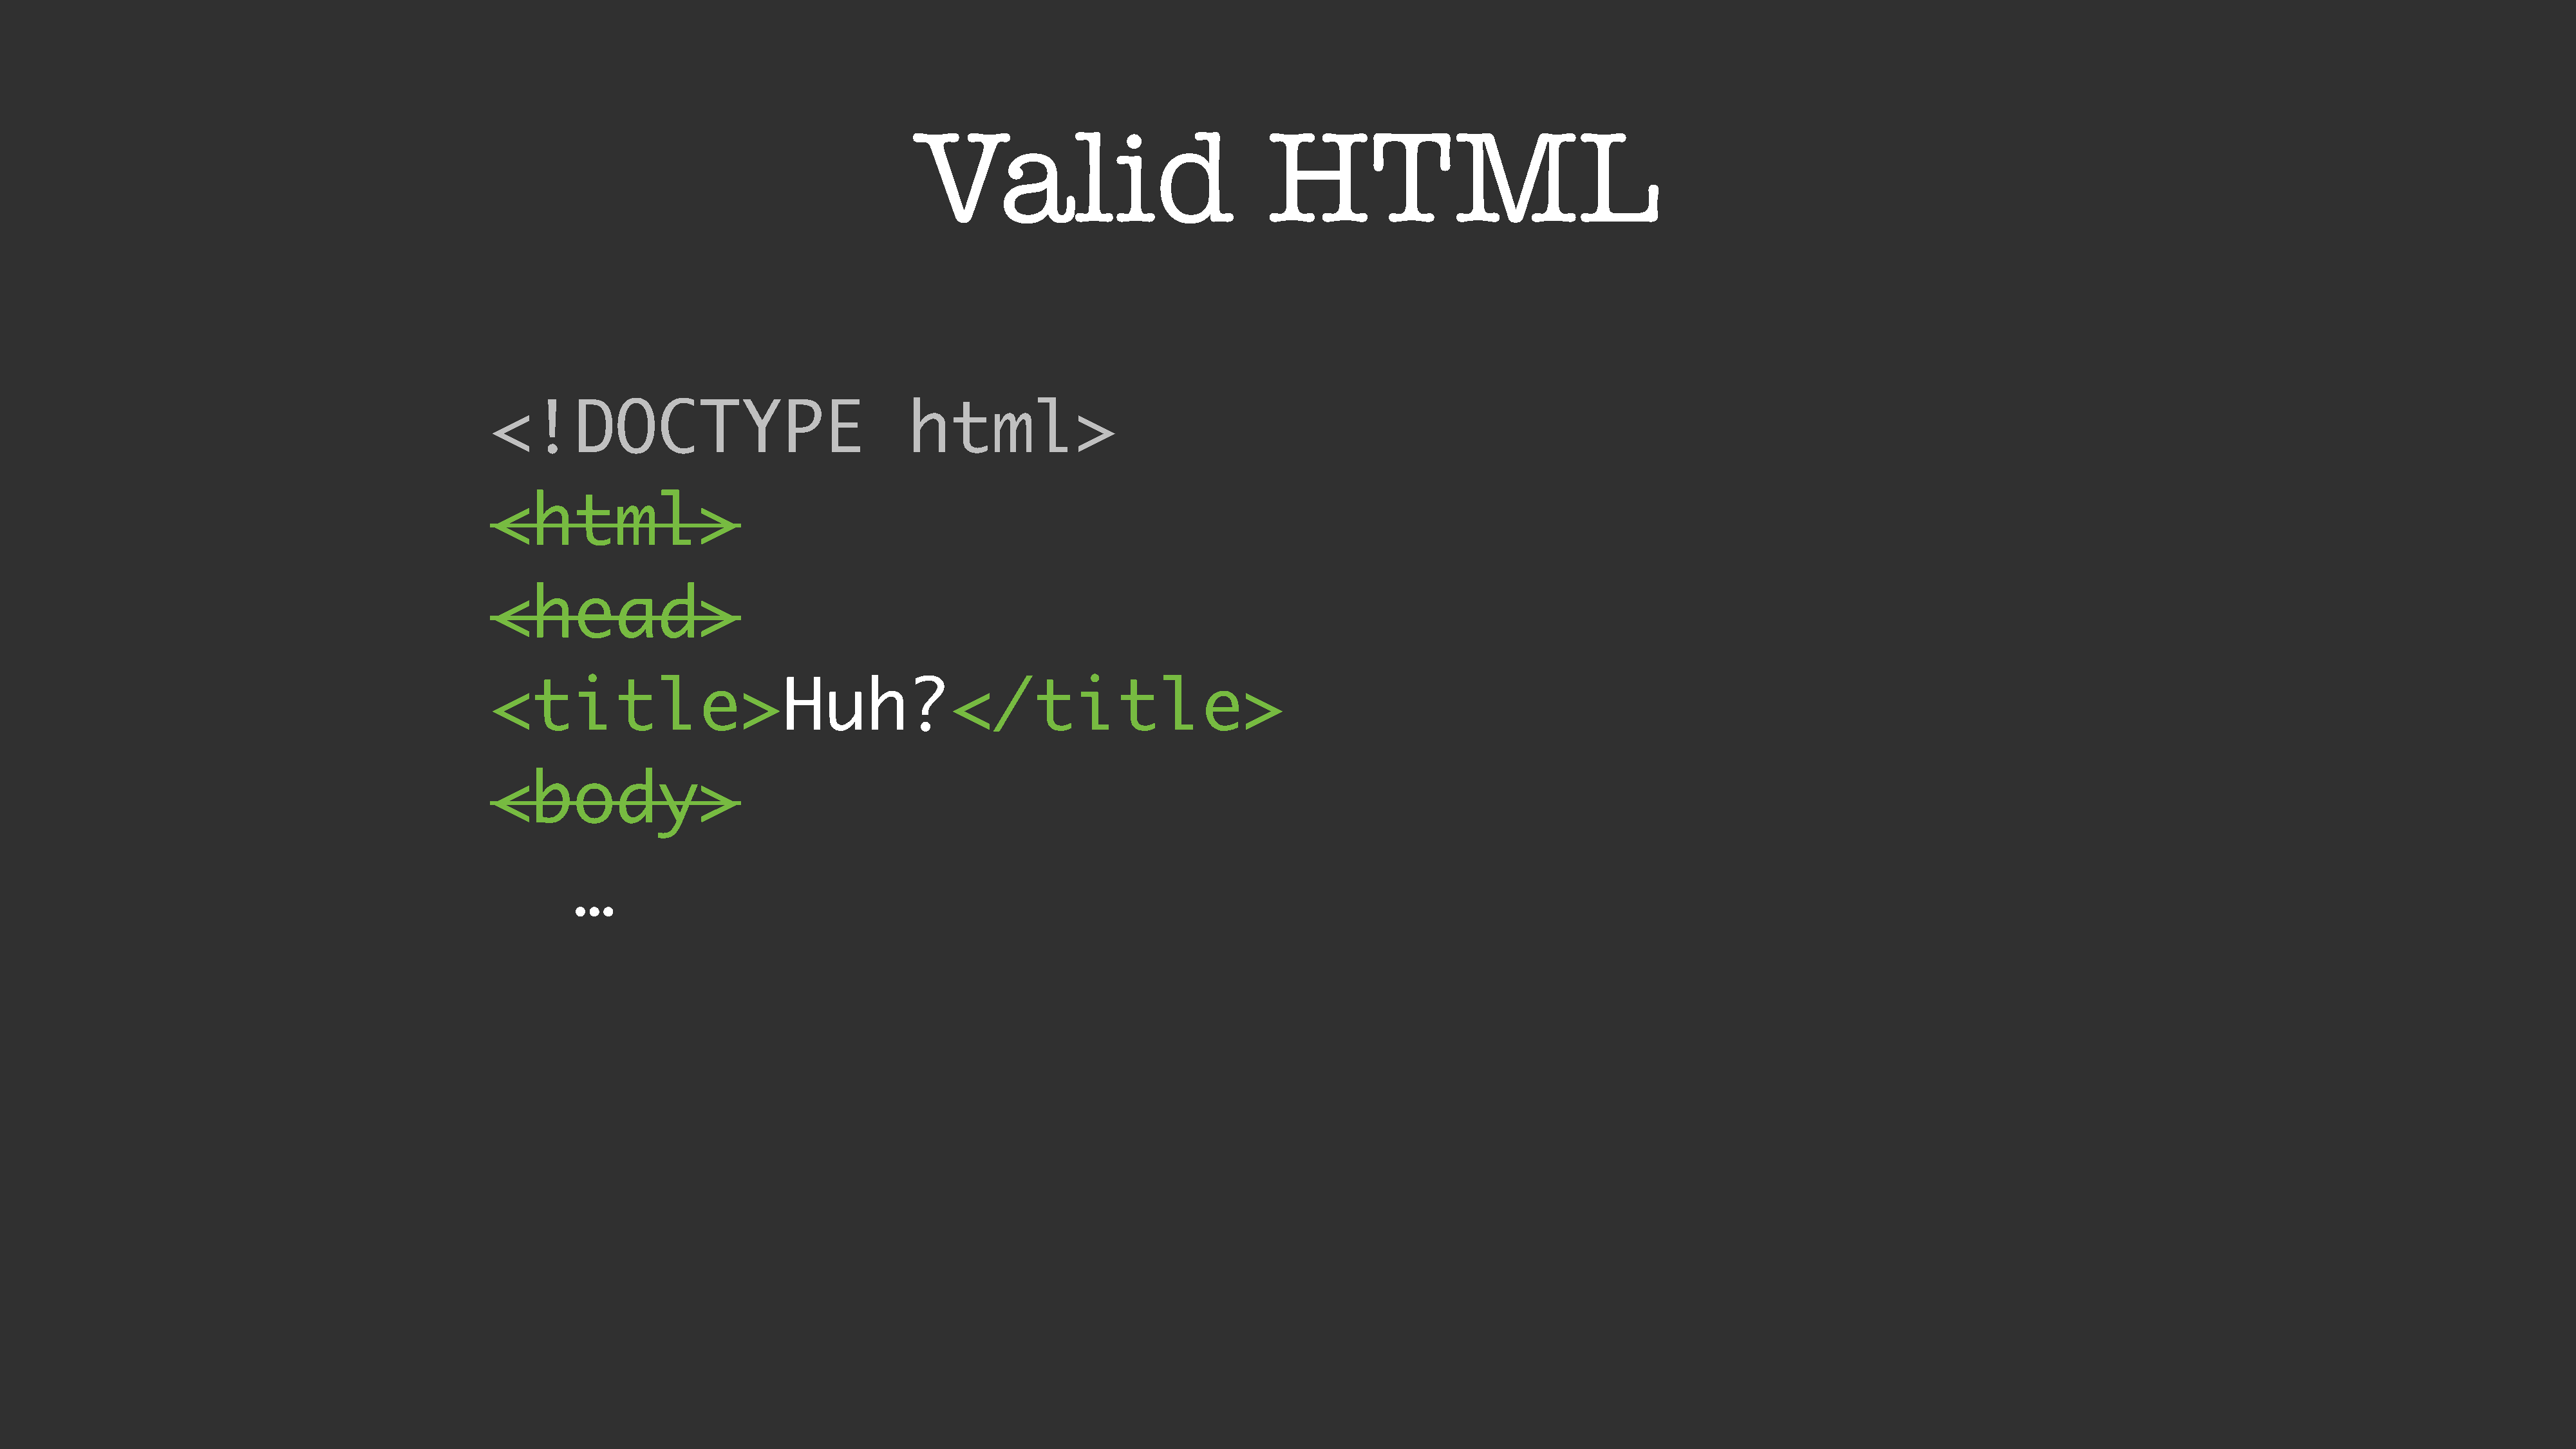
Valid                               HTML
 <!DOCTYPE                                  html>
 <html>
 <head>
 <title>Huh?</title>
 <body>
 …